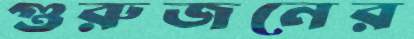
গুরুজনের